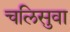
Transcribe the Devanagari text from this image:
चलिसुवा